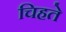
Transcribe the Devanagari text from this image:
चिहते